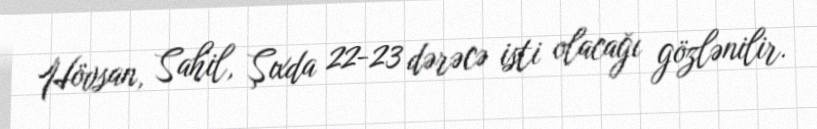
Hövsan, Sahil, Şıxda 22-23 dərəcə isti olacağı gözlənilir.